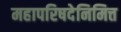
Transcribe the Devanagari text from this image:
महापरिषदेनिमित्त